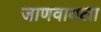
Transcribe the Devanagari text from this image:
जाणवायला